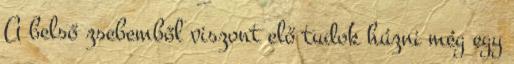
A belső zsebemből viszont elő tudok húzni még egy